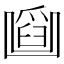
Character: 𠚜